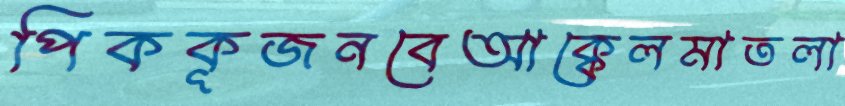
পিককূজনবেআক্কেলমাতলা